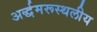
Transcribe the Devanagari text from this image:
अर्द्धमरूस्थलीय